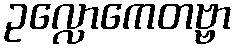
ဥလ္လောကေတဗ္ဗာ